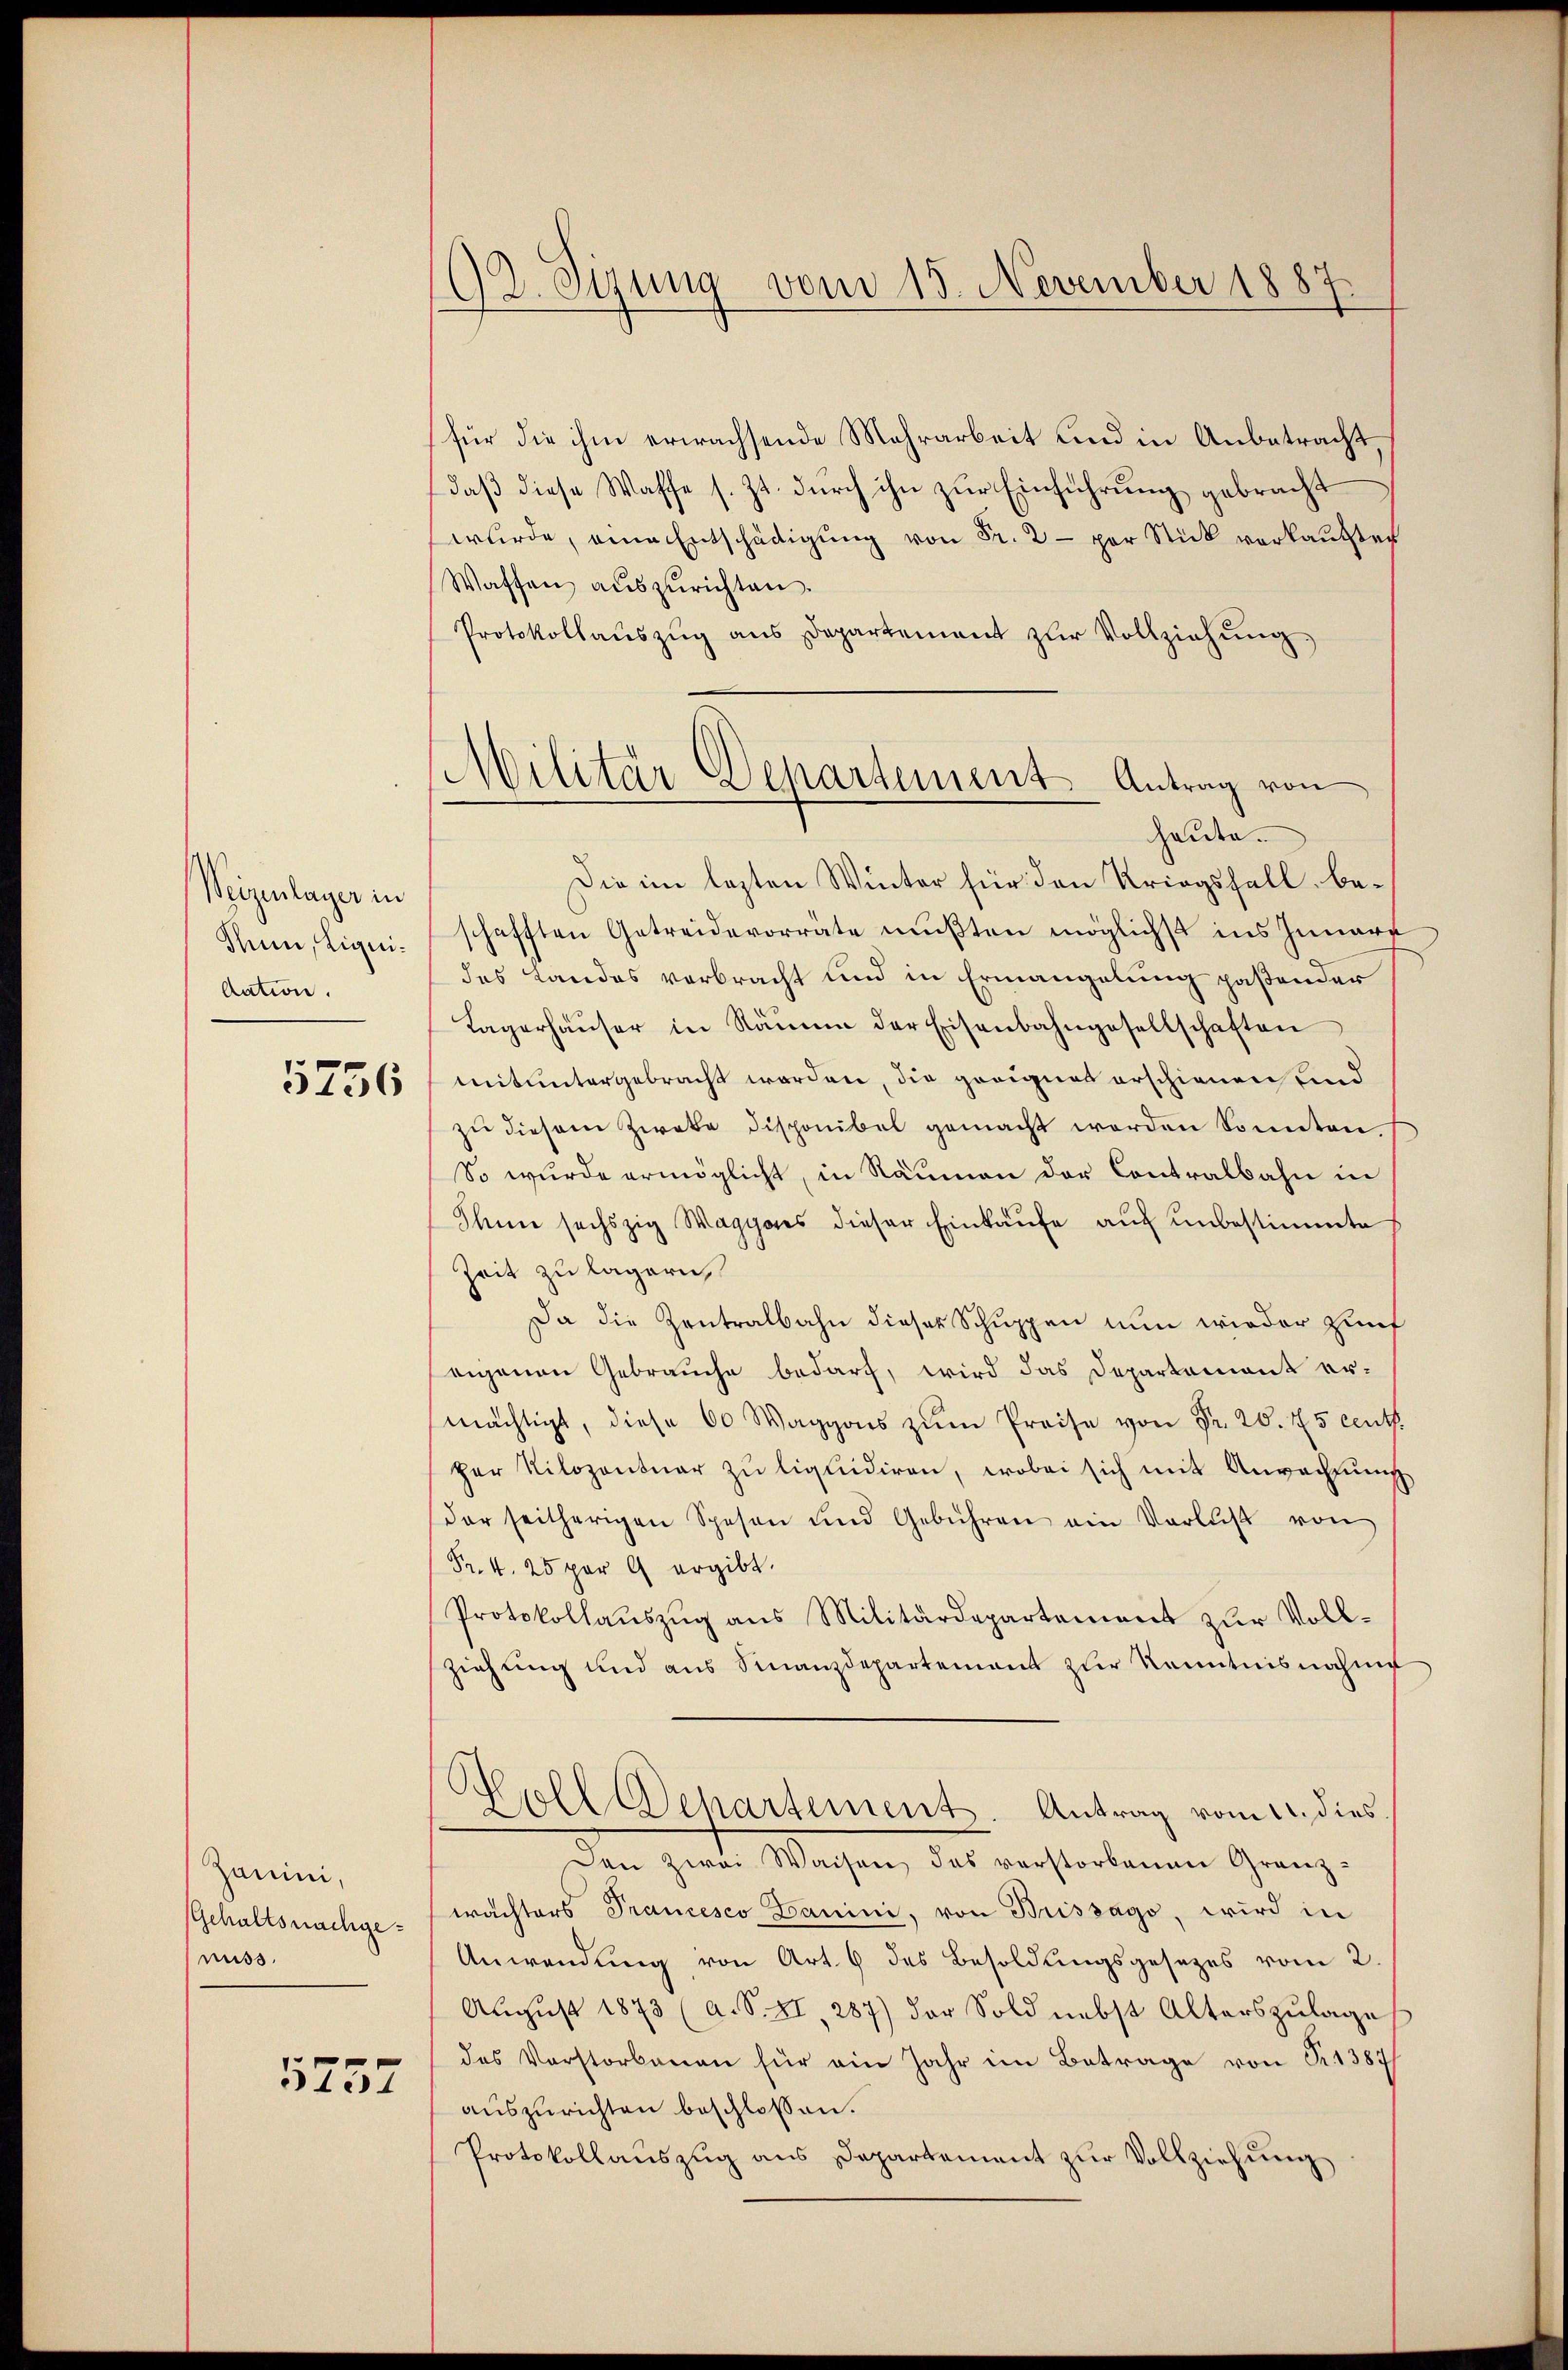
Weizenlager in
Sun, Liquidation.

5756

Zanini,
Gehaltsnachgemuss.

5737

92. Sizung vom 15. November 1887

Militär Departement Antrag von

für die ihm erwachsende Mehrarbeit und in Anbetracht,
daß diese Waffe s. Zt. durch ihn zur Einführung gebracht
wŭrde, eine Entschädigŭng von Fr. 2 - per Stick verkaŭften
Waffen auszurichten.
Protokollaŭszŭg aŭs Departement zŭr Vollziehŭng
heute.
Die im lezten Winter für den Kriegsfall, beschafften Getreidevorrate mußten möglichst ins Innere
des Landes verbracht und in Ermangelung paßender
Lagerhäŭser in Räume der Eisenbahngesellschaften
mituntergebracht worden, die geeignet erschienen und
zŭ diesem Zweke disponibel gemacht werden Sonnten.
So wurde ermöglicht, in Räumen der Contralbahn in
Ihnn sechszig Waggores dieser Einkaufe auf unbestimmte
Zeit zu lagern,
Da die Zentralbahn dieser Schuppen nun wieder Zunf
eigenen Gebrauche bedarf, wird das Departement er-
mächtigt, diese 60 Waggons zŭm Preise von Fr. 20. 75 cent.
her Kilozentuar zŭ liquidiren, wobei sich mit Anrechnung
der seitherigen Spesen und Gebühren ein Verlust von
Fr. 4. 25 per 9 ergibt.
Protokollaŭszŭg ans Militärdepartement zur Voll-
ziehung und aus Finanzdepartement zur Kenntnisnahme
Holl Departement. Antrag vom 11. dies
Den zwei Waisen, das verstorbenen Granz-
wachters Prancesco Banini, von Brissago, wird in
Anwendung von Art. 9 des Besoldungsgesezes vom 2.
Aŭgŭst 1873 (a. S. II, 287) der Sold nebst Alterszŭlage
des Verstorbenen für ein Jahr im Betrage von Fr. 1387
auszurichten beschlossen.
Protokollauszug aus Departement zur Vollziehung